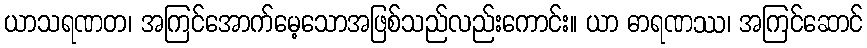
ယာသရဏတ၊ အကြင်အောက်မေ့သောအဖြစ်သည်လည်းကောင်း။ ယာ ဓာရဏဿ၊ အကြင်ဆောင်